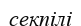
секпілі